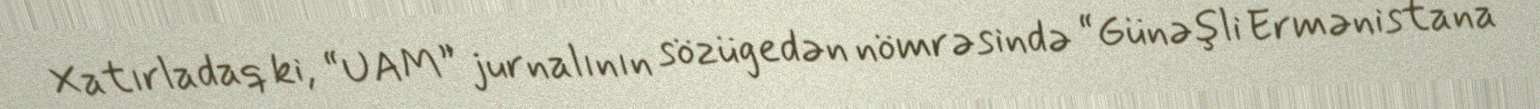
Xatırladaq ki, “UAM” jurnalının sözügedən nömrəsində “Günəşli Ermənistana